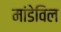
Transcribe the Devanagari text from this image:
मांडेविल